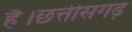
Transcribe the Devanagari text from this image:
है।छत्तीसगढ़